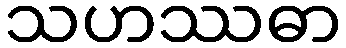
သဟဿဓာ